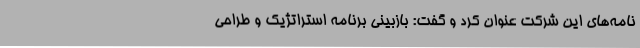
نامه‌های این شرکت عنوان کرد و گفت: بازبینی برنامه استراتژیک و طراحی